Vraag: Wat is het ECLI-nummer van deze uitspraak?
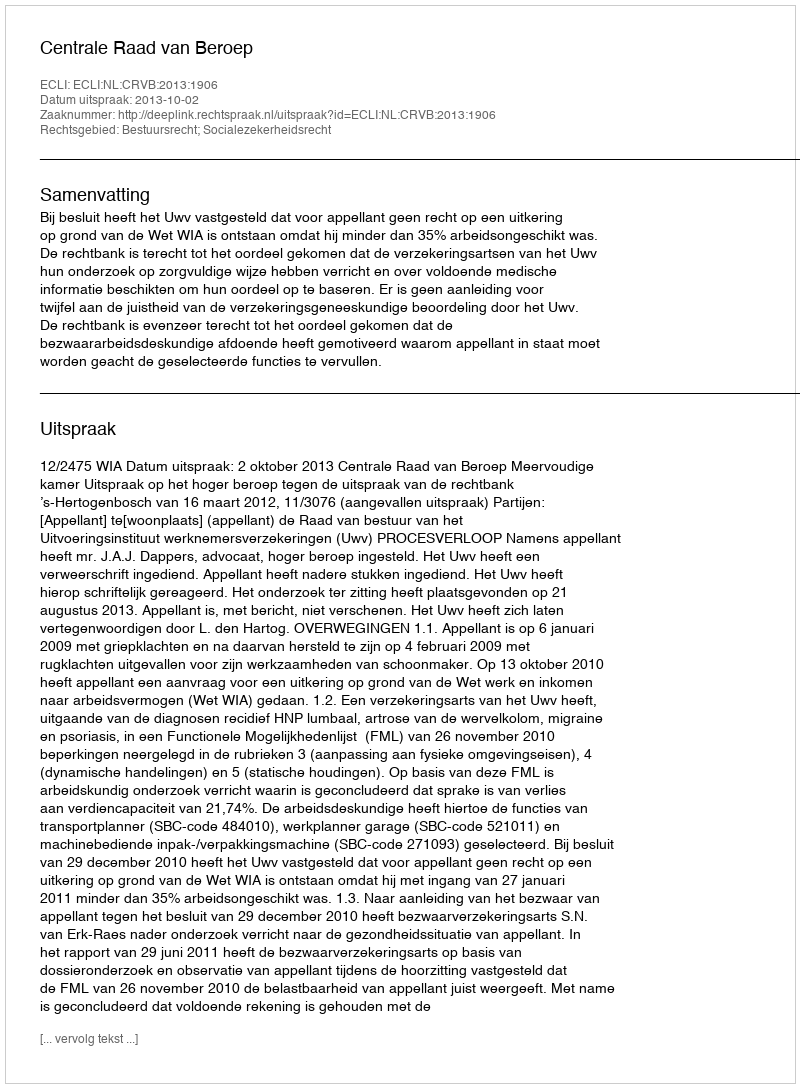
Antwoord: ECLI:NL:CRVB:2013:1906